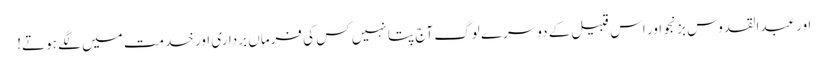
اور عبدالقدوس بزنجو اور اس قبیل کے دوسرے لوگ آج پتا نہیں کس کی فرماں برداری اور خدمت میں لگے ہوتے!